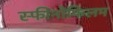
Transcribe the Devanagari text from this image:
स्फीनोफिलम